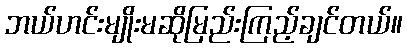
ဘယ်ဟင်းမျိုးမဆိုမြည်းကြည့်ချင်တယ်။